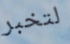
لتخبر